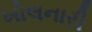
ખોલનારી